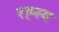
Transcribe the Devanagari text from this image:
रह्स्य